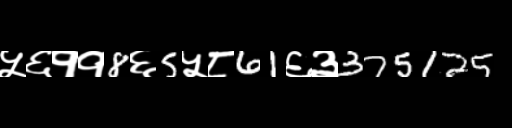
Text: ५६११8६5५८61६३375125